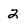
Character: 2